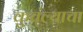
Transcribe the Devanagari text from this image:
कुचंल्याचा